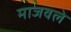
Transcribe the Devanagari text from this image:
माजवले